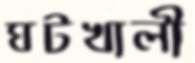
ঘটখালী